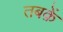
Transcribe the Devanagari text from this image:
तबक़ें